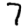
Digit: 7